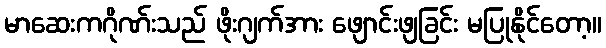
မာဆေးကဂိုဏ်းသည် ဖိုးဂျက်အား ဖျောင်းဖျခြင်း မပြုနိုင်တော့။